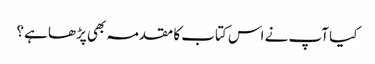
کیا آپ نے اس کتاب کا مقدمہ بھی پڑھا ہے؟